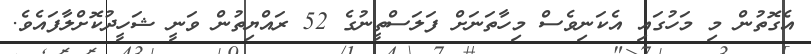
އެގޮތުން މި މަހުގައި އެކަނިވެސް މިހާތަނަށް ފަލަސްތީނުގެ 52 ރައްޔިތުން ވަނީ ޝަހީދުކޮށްލާފައެވެ.